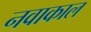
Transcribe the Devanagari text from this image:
नवाकाल